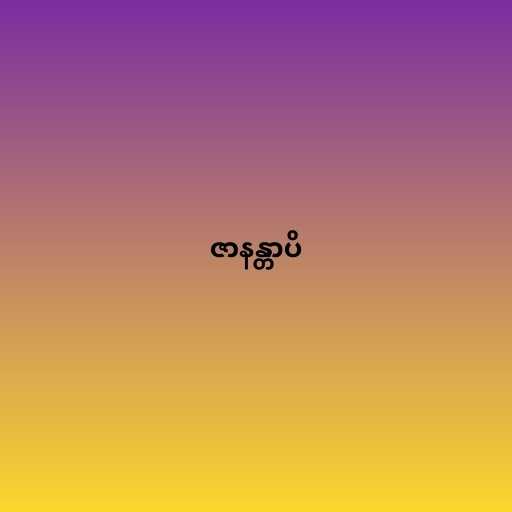
ဇာနန္တာပိ